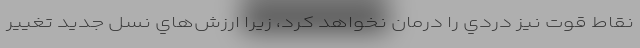
نقاط قوت نيز دردي را درمان نخواهد كرد، زيرا ارزش‌هاي نسل جديد تغيير